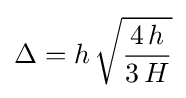
\Delta =h\,{\sqrt {\frac {4\,h}{3\,H}}}